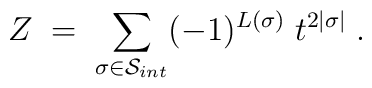
Z \; = \; \sum_{\sigma \in {\cal S}_{int}} (-1)^{L(\sigma)} \; t^{2 |\sigma|} \; .